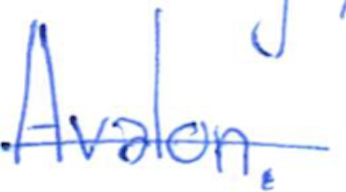
Text: Avalon.
Cross-out: single-line
Writing tool: ballpoint